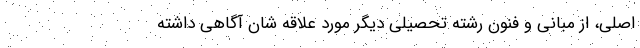
اصلی، از مبانی و فنون رشته تحصیلی دیگر مورد علاقه شان آگاهی داشته